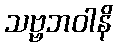
သဗ္ဗဘဝါနိ